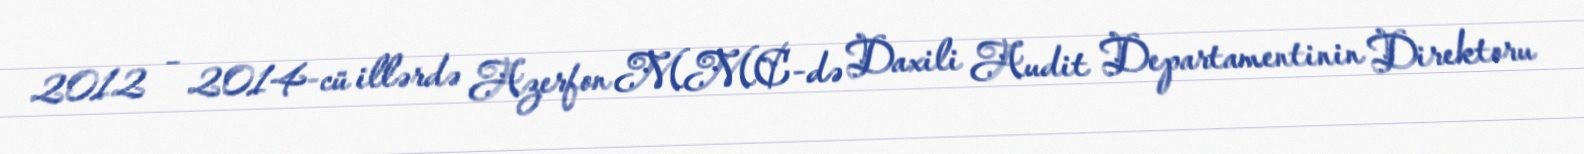
2012 – 2014-cü illərdə Azerfon MMC-də Daxili Audit Departamentinin Direktoru